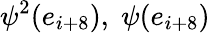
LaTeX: \psi^{2}(e_{i+8}),\; \psi(e_{i+8})